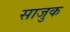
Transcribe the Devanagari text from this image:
साजुक